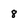
Character: 8